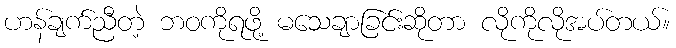
ဟန်ချက်ညီတဲ့ ဘဝကိုရဖို့ မသေချာခြင်းဆိုတာ လိုကိုလိုအပ်တယ်။